Report on the working of the Ranchi Indian Mental Hospital, Kanke, in Bihar and Orissa - 1930-1940
Year: 1930
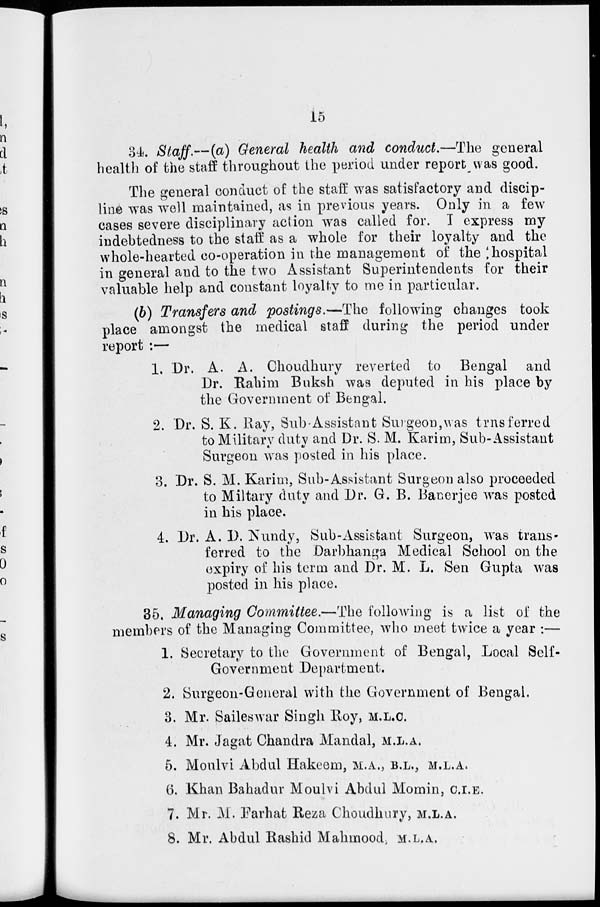
15
34. Staff.—(a) General health and conduct.—The general
health of the staff throughout the period under report was good.
The general conduct of the staff was satisfactory and discip-
line was well maintained, as in previous years. Only in a few
cases severe disciplinary action was called for. I express my
indebtedness to the staff as a whole for their loyalty and the
whole-hearted co-operation in the management of the hospital
in general and to the two Assistant Superintendents for their
valuable help and constant loyalty to me in particular.
(b) Transfers and postings.—The following changes took
place amongst the medical staff during the period under
report :—
1. Dr. A. A. Choudhury reverted to Bengal and
Dr. Rahim Buksh was deputed in his place by
the Government of Bengal.
2. Dr. S. K. Ray, Sub-Assistant Surgeon,was transferred
to Military duty and Dr. S. M. Karim, Sub-Assistant
Surgeon was posted in his place.
3. Dr. S. M. Karim, Sub-Assistant Surgeon also proceeded
to Miltary duty and Dr. G. B. Banerjee was posted
in his place.
4. Dr. A. D. Nundy, Sub-Assistant Surgeon, was trans-
ferred to the Darbhanga Medical School on the
expiry of his term and Dr. M. L. Sen Gupta was
posted in his place.
35. Managing Committee.—The following is a list of the
members of the Managing Committee, who meet twice a year :—
1. Secretary to the Government of Bengal, Local Self-
Government Department.
2. Surgeon-General with the Government of Bengal.
3. Mr. Saileswar Singh Roy, M.L.C.
4. Mr. Jagat Chandra Mandal, M.L.A.
5. Moulvi Abdul Hakeem, M.A., B.L., M.L.A.
6. Khan Bahadur Moulvi Abdul Momin, C.I.E.
7. Mr. M. Farhat Reza Choudhury, M.L.A.
8. Mr. Abdul Rashid Mahmood, M.L.A.